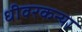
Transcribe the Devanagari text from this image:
धीवरकन्या